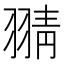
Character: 𦑊